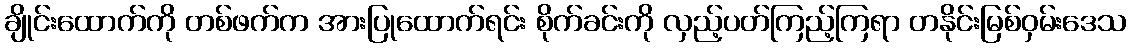
ချိုင်းထောက်ကို တစ်ဖက်က အားပြုထောက်ရင်း စိုက်ခင်းကို လှည့်ပတ်ကြည့်ကြရာ တနိုင်းမြစ်ဝှမ်းဒေသ